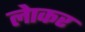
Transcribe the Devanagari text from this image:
लेाकर